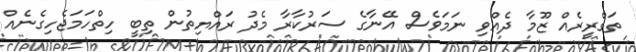
ތަގްރީރެއް ޒޫމާ ދެއްވި ނަމަވެސް އޭނާގެ ސަރުކާރާ މެދު ރައްޔިތުން ތިބީ ހިތްހަމަޖެހިގެނެއް